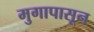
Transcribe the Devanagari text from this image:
मुगापासून